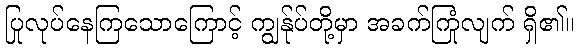
ပြုလုပ်နေကြသောကြောင့် ကျွန်ုပ်တို့မှာ အခက်ကြုံလျက် ရှိ၏။